DOW-UAP-D49, Launch Summary, Vandenberg AFB, 2000
Agency: Department of War
Incident date: 2/3/00
Page 49
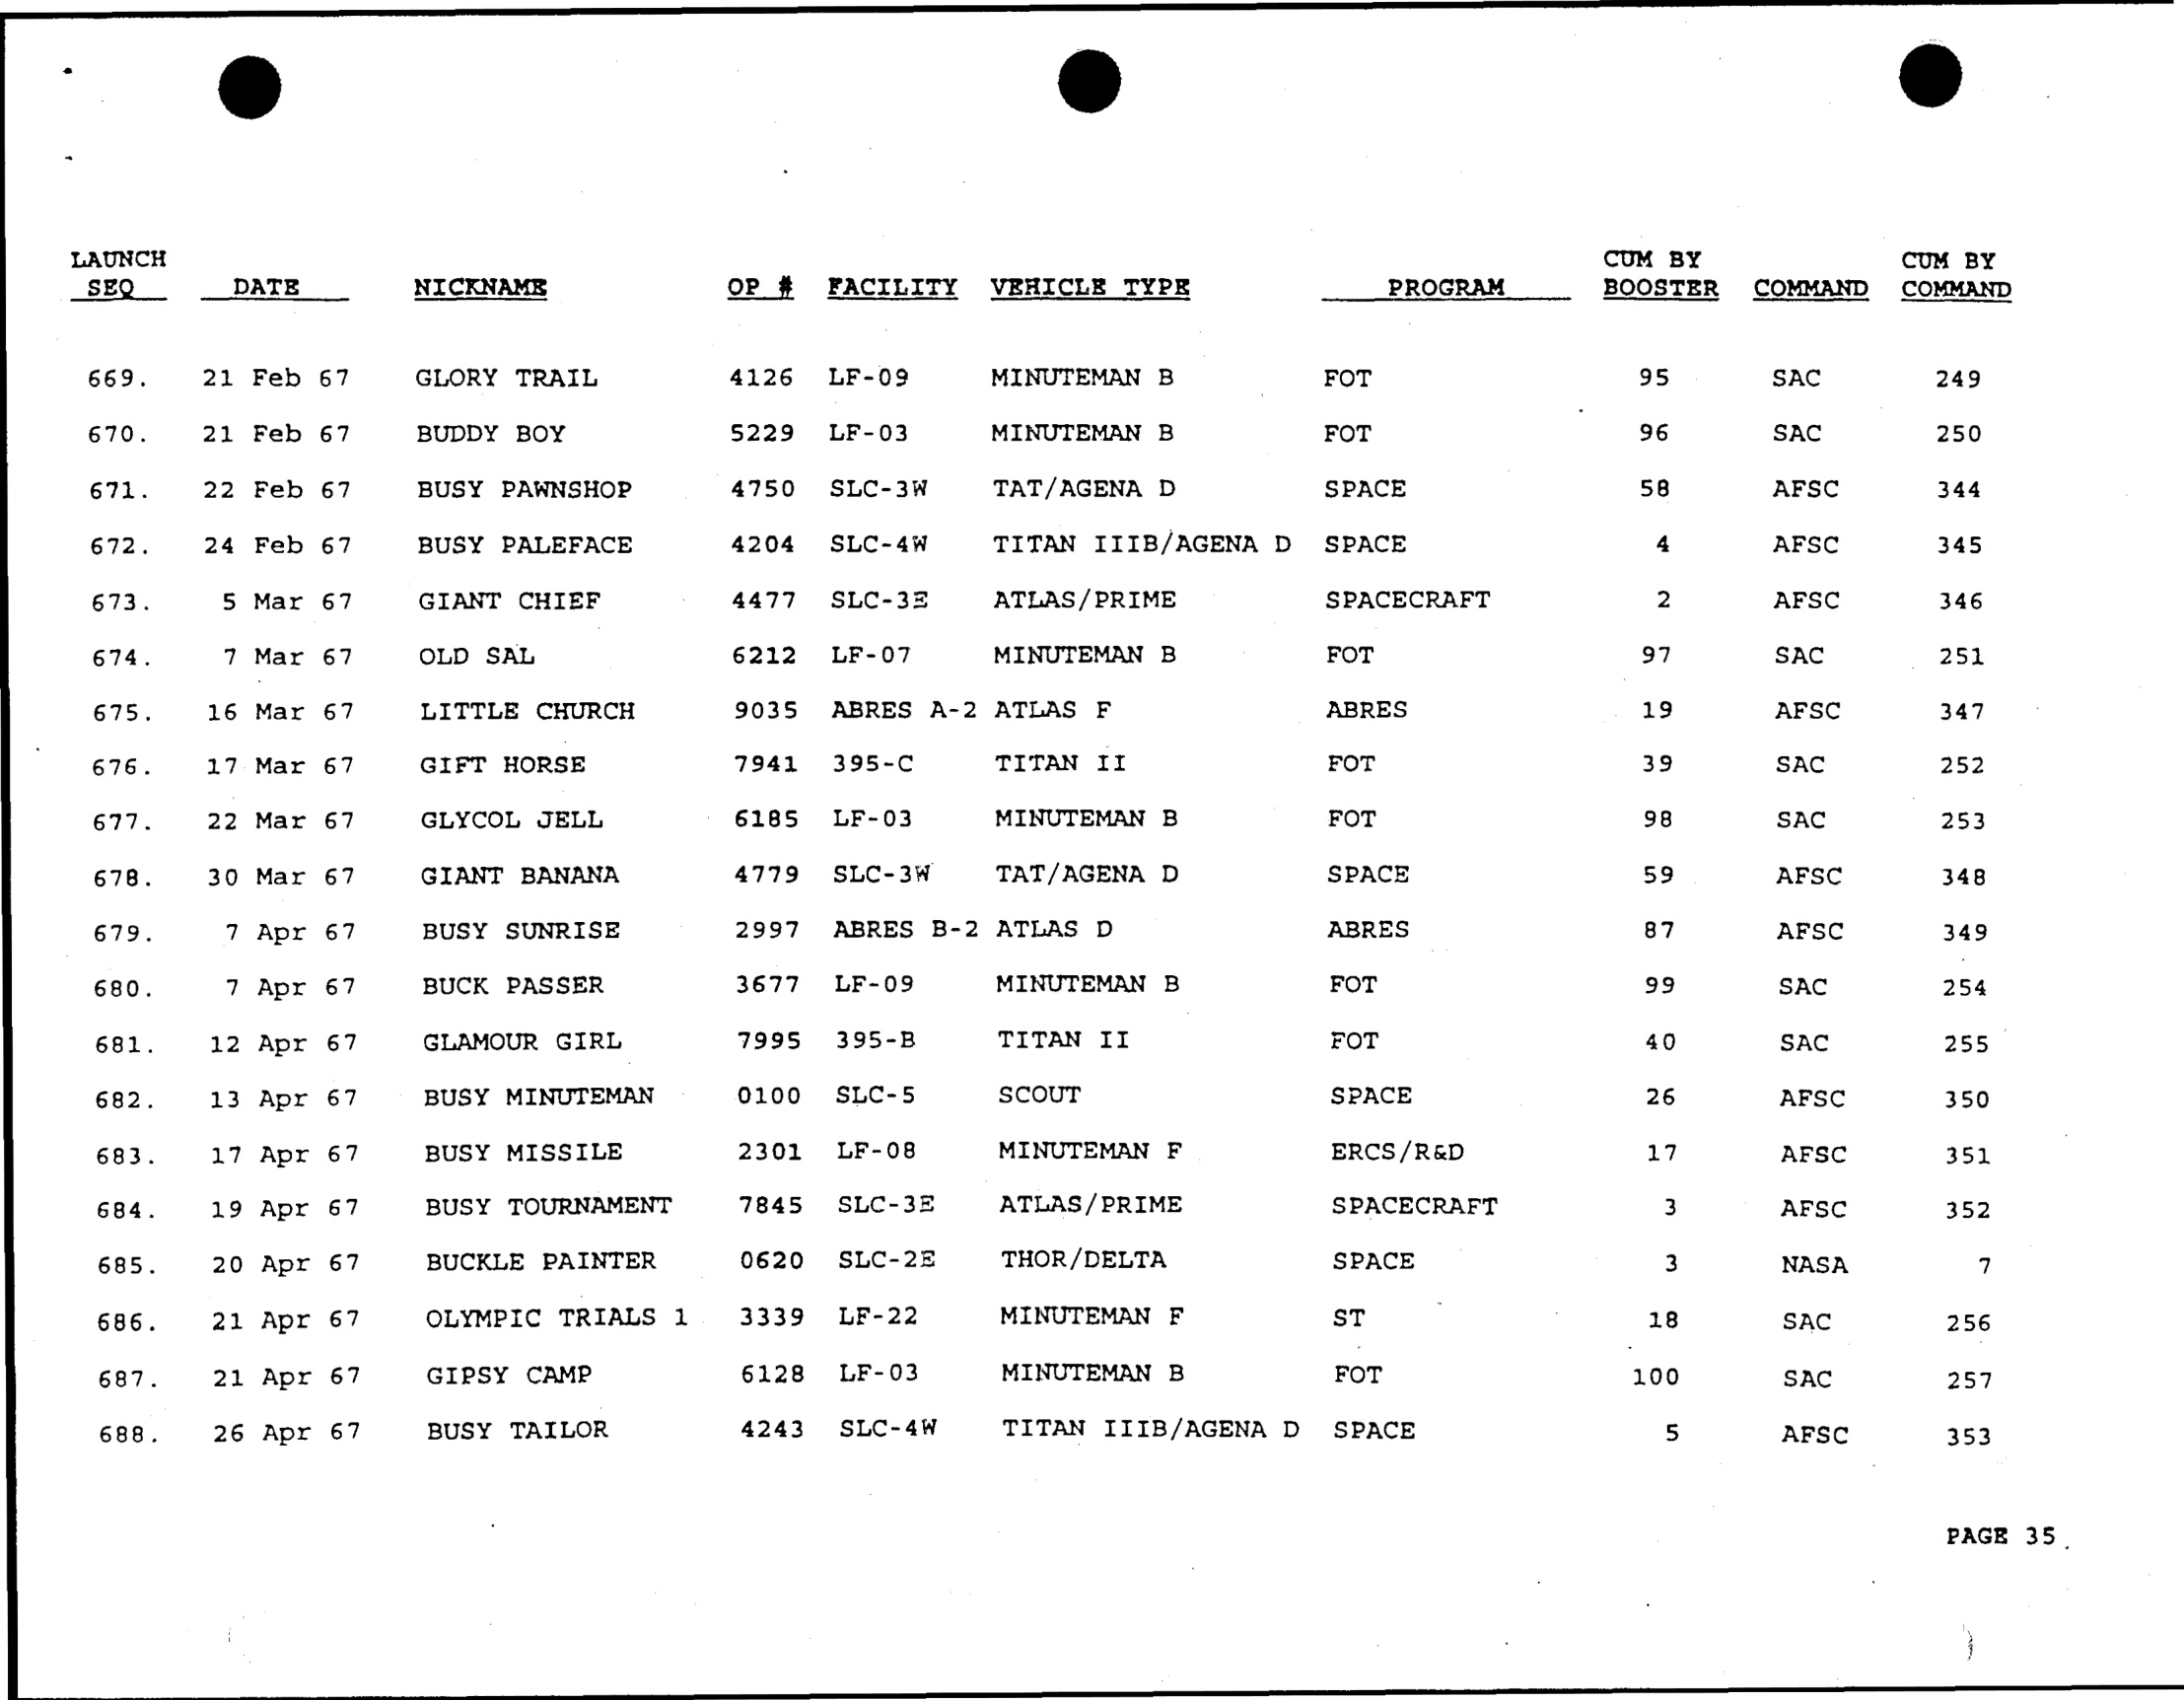